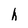
Character: h